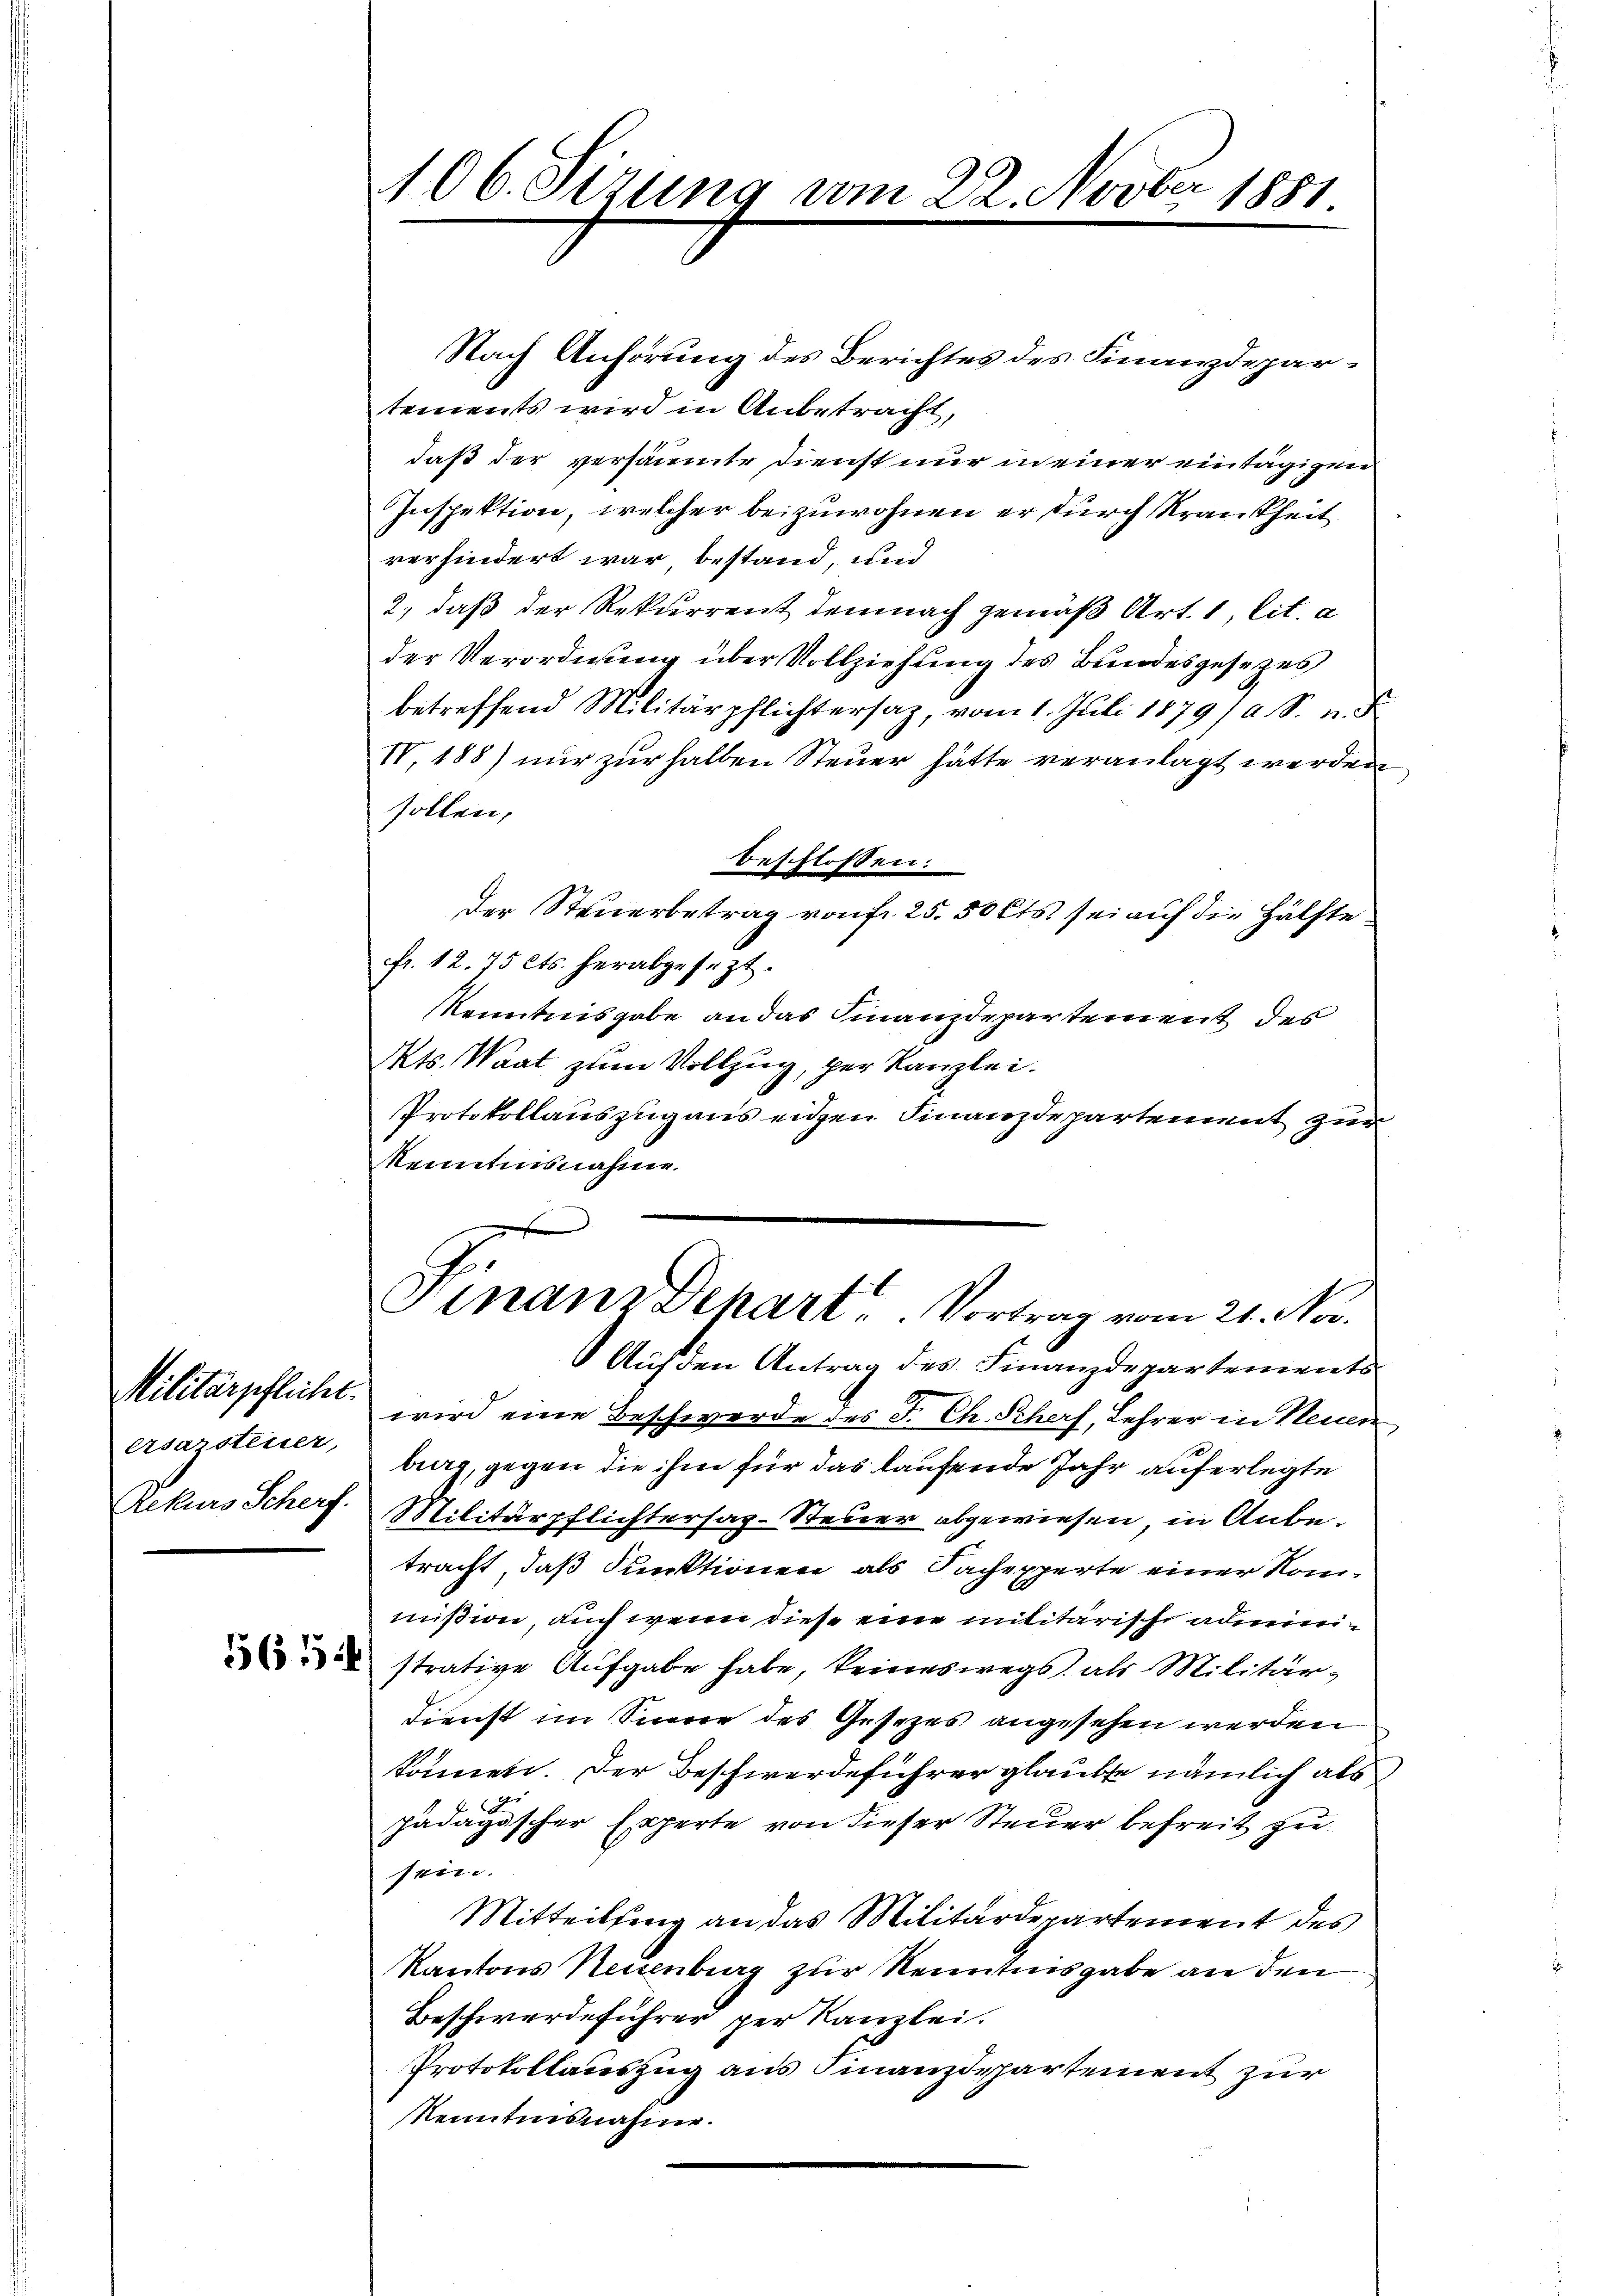
Militärpflicht.
ersarsteuer,
Rekurs Scherf.

Nach Anhörung des Berichtes des Finanzdepartements wird in Anbetracht,
daß der versäumte Dienst nur in einer eintägigen
Inspektion, welcher beizuwohnen er durch Krankheit
verhindert war bestand, und
2.) daß der Rekurrent demnach gemäß Art. 1, lit. a
der Verordnung über Vollziehung des Bundesgesetzes
betreffend Militärpflichtersaz, vom 1. Juli 1879/ A. S. n. F.
IV, 188) nur zur halben Steuer hätte veranlagt werden
sollen,
beschlossen:
der Steuerbetrag von fr. 25. 50 Cts. sei auf die Hälftefr. 12. 75 Cts. herabgesezt.
kenntnisgabe an das Finanzdepartement des
Mts. Waat zum Vollzug, per Kanzlei.
Protokollauszug aus eigen Finanzdepartement zur
Kenntnisnahme.

106. Sizung vom 22. Novber 1881

Auf den Antrag des Finanzdepartements
wird eine Beschwerde des J. Ch. Scharf, Lehrer in Neuen
burg, gegen die ihm für das laufende Jahr auferlegte
Militärpflichtersap-Steuer abgewiesen, in Anbetracht, daß Funktionen als Sachexperte einer Kommißion, auch wenn diese eine militärische admini¬
 strative Aufgabe habe, keineswegs als Militär¬
Dienst im Sinne des Gesezes angesehen werden
können. Der Beschwerdeführer glaubte nämlich als
dr
pädagischer Experte von dieser Steuer befreit zu
sein.
Mitteilung an das Militärdepartement des
Kantons Neuenburg zur Kenntnisgabe an den
Beschwerdeführer per Kanzlei.
Protokollauszug aus Finanzdepartement zur
Kenntnisnahme.

Finanz Dehart. Vortrag vom 21. Nov.